Scottish Leaving Certificate Examination, 1956
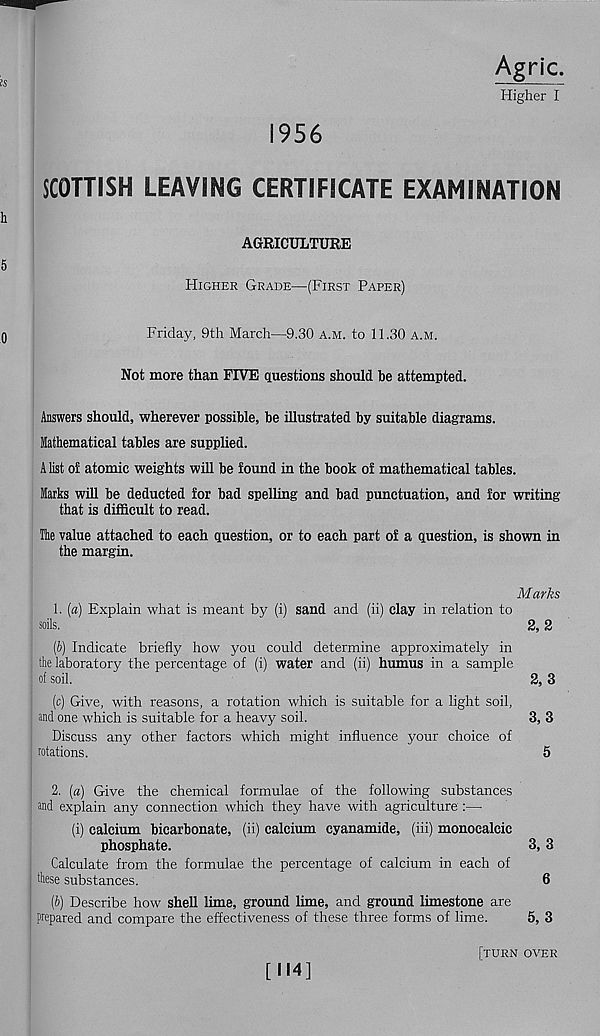
1956
Agric.
Higher I
SCOTTISH LEAVING CERTIFICATE EXAMINATION
AGRICULTURE
Higher Grade—(First Paper)
Friday, 9th March—9,30 a.m. to 11.30 a.m.
Not more than FIVE questions should be attempted.
Answers should, wherever possible, be illustrated by suitable diagrams.
Mathematical tables are supplied.
A list oi atomic weights will be found in the book of mathematical tables.
Marks will be deducted for bad spelling and bad punctuation, and for writing
that is difficult to read.
The value attached to each question, or to each part of a question, is shown in
the margin.
Marks
1. [a) Explain what is meant by (i) sand and (ii) clay in relation to
soils,
2,2
{b) Indicate briefly how you could determine approximately in
the laboratory the percentage of (i) water and (ii) humus in a sample
of soil.
2, 3
(c) Give, with reasons, a rotation which is suitable for a light soil,
and one which is suitable for a heavy soil.
3, 3
Discuss any other factors which might influence your choice of
rotations.
5
2. (a) Give the chemical formulae of the following substances
and explain any connection which they have with agriculture :—
(i) calcium bicarbonate, (ii) calcium cyanamide, (iii) monoealcic
phosphate.
Calculate from the formulae the percentage of calcium in each of
these substances.
(b) Describe how shell lime, ground lime, and ground limestone are
prepared and compare the effectiveness of these three forms of lime.
5, 3
[turn over
[114]
3, 3
6